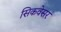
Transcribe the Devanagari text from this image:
सिकवेसर